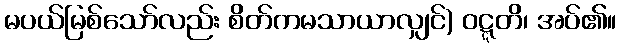
မပယ်မြစ်သော်လည်း စိတ်ကမသာယာလျှင်) ဝဋ္ဋတိ၊ အပ်၏။